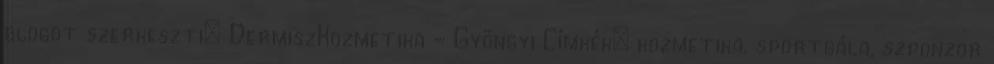
blogot szerkeszti: DermiszKozmetika - Gyöngyi Címkék: kozmetika, sportgála, szponzor